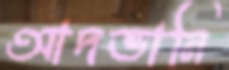
আদভানি